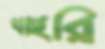
থাইরি